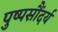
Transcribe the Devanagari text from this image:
पुष्पसौंदर्य